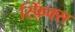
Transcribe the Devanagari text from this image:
स्फ़िंक्स